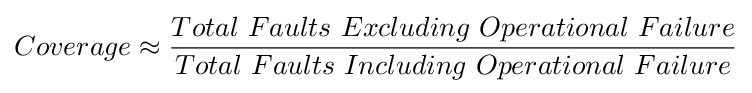
Coverage\approx {\frac {Total\ Faults\ Excluding\ Operational\ Failure}{Total\ Faults\ Including\ Operational\ Failure}}